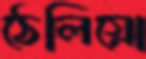
ঠেলিয়ো